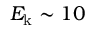
E _ { \mathrm { k } } \sim 1 0